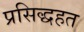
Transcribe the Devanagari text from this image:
प्रसिद्धहत